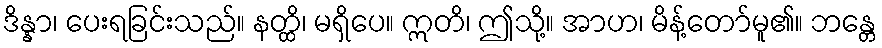
ဒိန္နာ၊ ပေးရခြင်းသည်။ နတ္ထိ၊ မရှိပေ။ ဣတိ၊ ဤသို့။ အာဟ၊ မိန့်တော်မူ၏။ ဘန္တေ